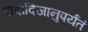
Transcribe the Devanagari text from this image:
पादादिजानुपर्यंतं